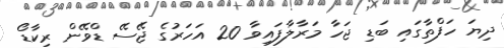
ދިޔަ ހަފްތާގައި ބަޑި ޖަހާ މަރާލާފައިވާ 20 އަހަރުގެ ޖޭސޭ ޑްވޭން ރިކާޑޯ